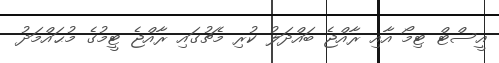
އީސްޓް ޓިމޯ އާއި ރާއްޖެ ބައްދަލު ކުރި މެޗުގައި ރާއްޖެ ޓީމުގެ މުޙައްމަދު